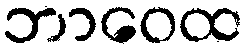
ဘာဝေထ